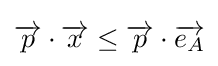
{\overrightarrow {p}}\cdot {\overrightarrow {x}}\leq {\overrightarrow {p}}\cdot {\overrightarrow {e_{A}}}